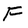
Character: F